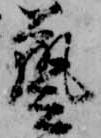
芸